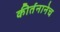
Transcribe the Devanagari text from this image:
कीर्तनानेच